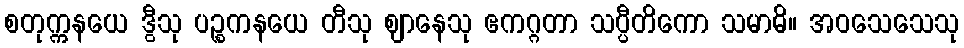
စတုက္ကနယေ ဒွီသု ပဉ္စကနယေ တီသု ဈာနေသု ဧကဂ္ဂတာ သပ္ပီတိကော သမာဓိ။ အဝသေသေသု